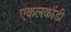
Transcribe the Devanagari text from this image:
एकलकोंडी